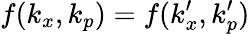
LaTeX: f(k_{x},k_{p})=f(k_{x}^{\prime},k_{p}^{\prime})